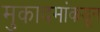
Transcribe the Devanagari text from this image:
मुकादमांकडून